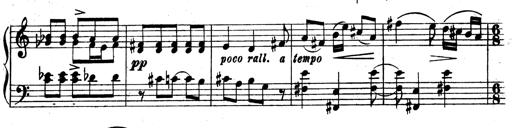
Title: 3 Sonatinas for Piano
Composer: Vissarion Shebalin